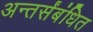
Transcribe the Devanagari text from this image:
अन्तर्संबंधित